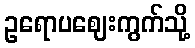
ဥရောပဈေးကွက်သို့